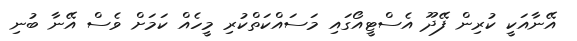
އޭނާއަކީ ކުރިން ފޭދޫ އެސްޓީއޯގައި މަސައްކަތްކުރި މީހެއް ކަމަށް ވެސް އޭނާ ބުނި